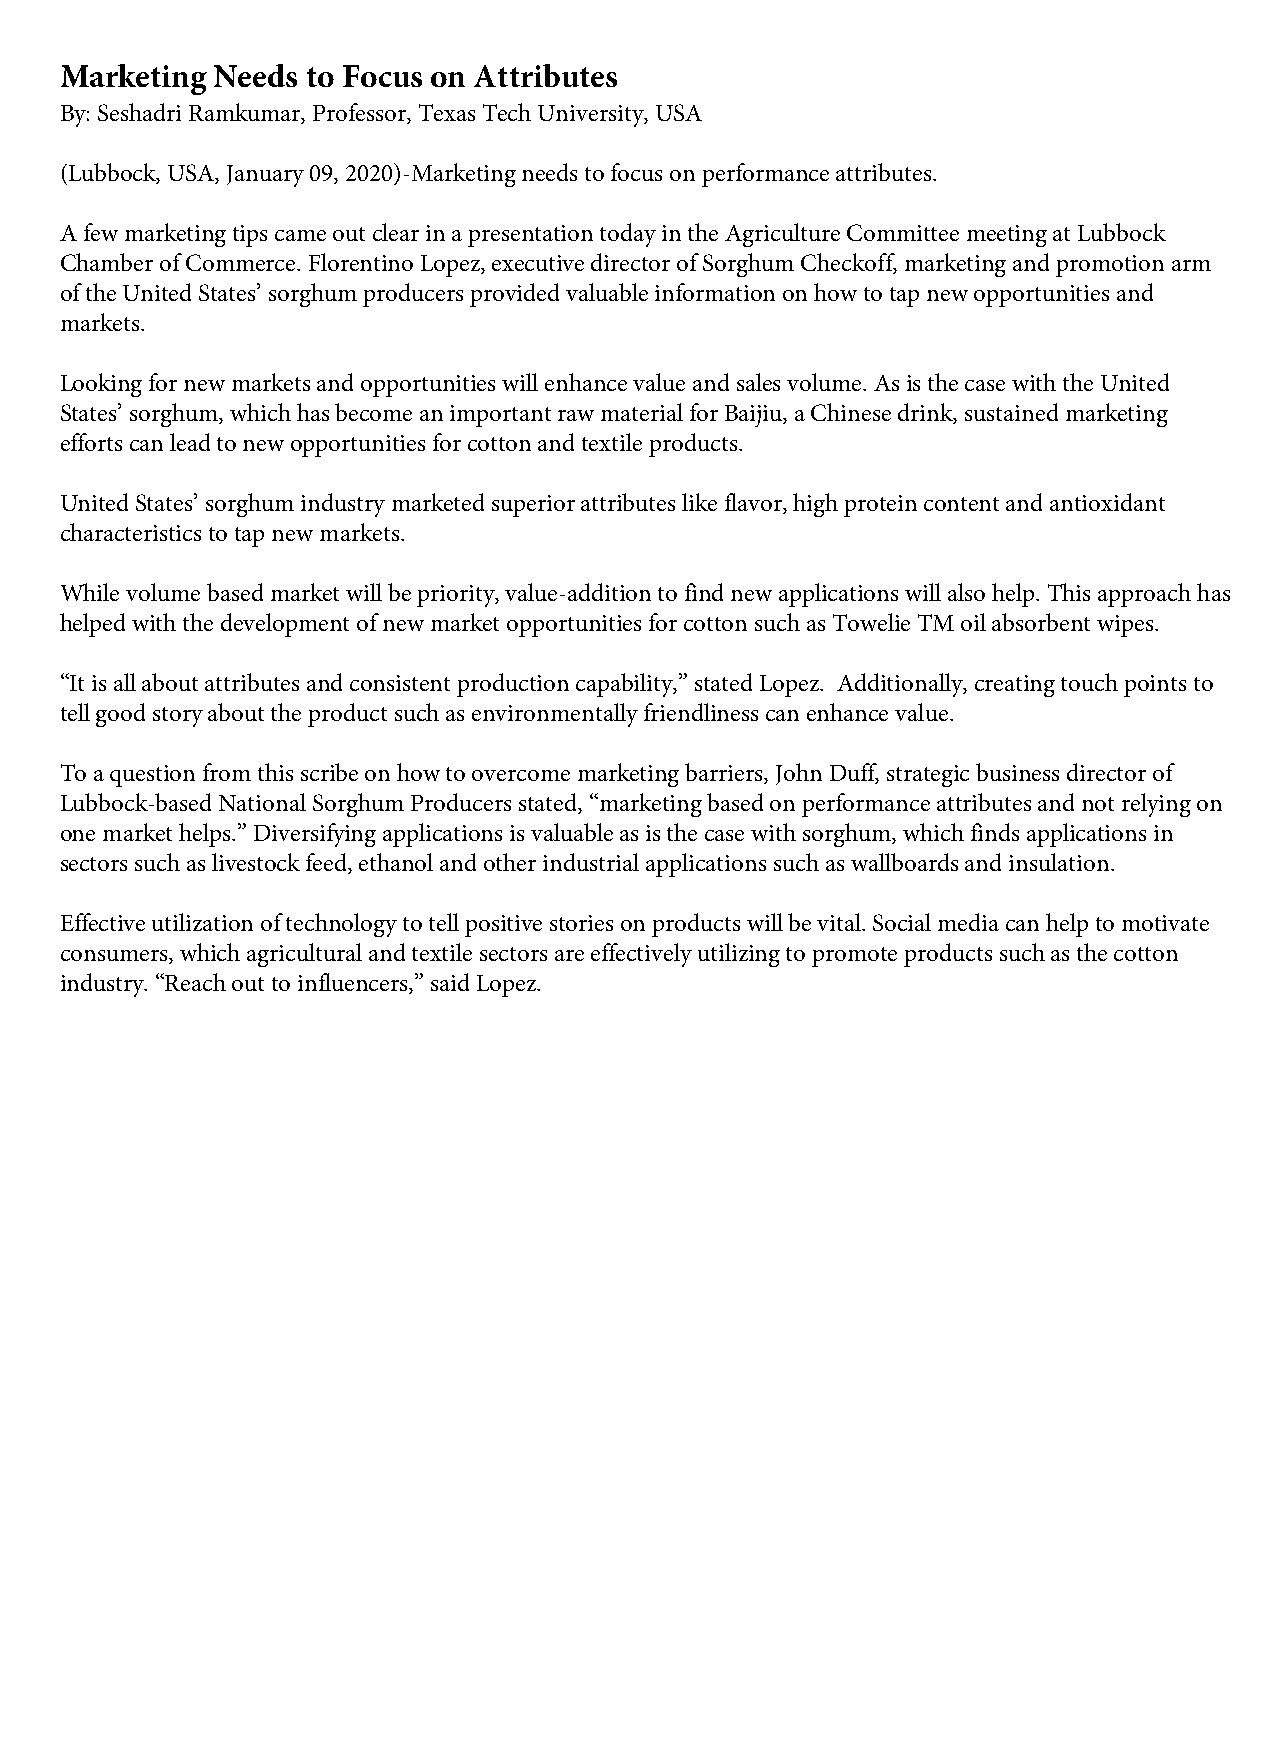
Marketing Needs to Focus on Attributes
 By: Seshadri Ramkumar, Professor, Texas Tech University, USA
 (Lubbock, USA, January 09, 2020)-Marketing needs to focus on performance attributes.
 A few marketing tips came out clear in a presentation today in the Agriculture Committee meeting at Lubbock
 Chamber of Commerce. Florentino Lopez, executive director of Sorghum Checkoff, marketing and promotion arm
 of the United States’ sorghum producers provided valuable information on how to tap new opportunities and
 markets.
 Looking for new markets and opportunities will enhance value and sales volume. As is the case with the United
 States’ sorghum, which has become an important raw material for Baijiu, a Chinese drink, sustained marketing
 efforts can lead to new opportunities for cotton and textile products.
 United States’ sorghum industry marketed superior attributes like flavor, high protein content and antioxidant
 characteristics to tap new markets.
 While volume based market will be priority, value-addition to find new applications will also help. This approach has
 helped with the development of new market opportunities for cotton such as Towelie TM oil absorbent wipes.
 “It is all about attributes and consistent production capability,” stated Lopez. Additionally, creating touch points to
 tell good story about the product such as environmentally friendliness can enhance value.
 To a question from this scribe on how to overcome marketing barriers, John Duff, strategic business director of
 Lubbock-based National Sorghum Producers stated, “marketing based on performance attributes and not relying on
 one market helps.” Diversifying applications is valuable as is the case with sorghum, which finds applications in
 sectors such as livestock feed, ethanol and other industrial applications such as wallboards and insulation.
 Effective utilization of technology to tell positive stories on products will be vital. Social media can help to motivate
 consumers, which agricultural and textile sectors are effectively utilizing to promote products such as the cotton
 industry. “Reach out to influencers,” said Lopez.